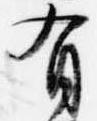
有